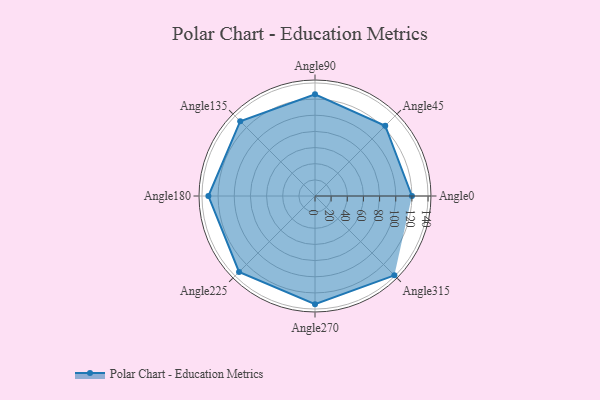
{"axis": {"x": "Angle", "y": "Radius"}, "legend": [""], "data": [{"x": "Angle0", "y": 120.0, "type": ""}, {"x": "Angle45", "y": 123.0, "type": ""}, {"x": "Angle90", "y": 126.0, "type": ""}, {"x": "Angle135", "y": 131.0, "type": ""}, {"x": "Angle180", "y": 132.0, "type": ""}, {"x": "Angle225", "y": 133.0, "type": ""}, {"x": "Angle270", "y": 134.0, "type": ""}, {"x": "Angle315", "y": 139.0, "type": ""}]}